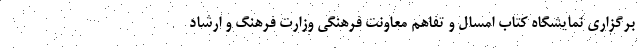
برگزاری نمایشگاه کتاب امسال و تفاهم معاونت فرهنگی وزارت فرهنگ و ارشاد